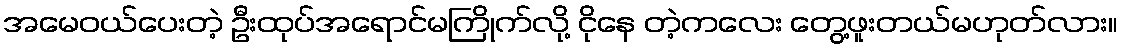
အမေဝယ်ပေးတဲ့ ဦးထုပ်အရောင်မကြိုက်လို့ ငိုနေ တဲ့ကလေး တွေ့ဖူးတယ်မဟုတ်လား။